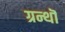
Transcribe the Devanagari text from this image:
ग्रन्थॊ